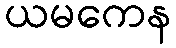
ယမကေန